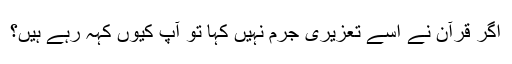
اگر قرآن نے اسے تعزیری جرم نہیں کہا تو آپ کیوں کہہ رہے ہیں؟